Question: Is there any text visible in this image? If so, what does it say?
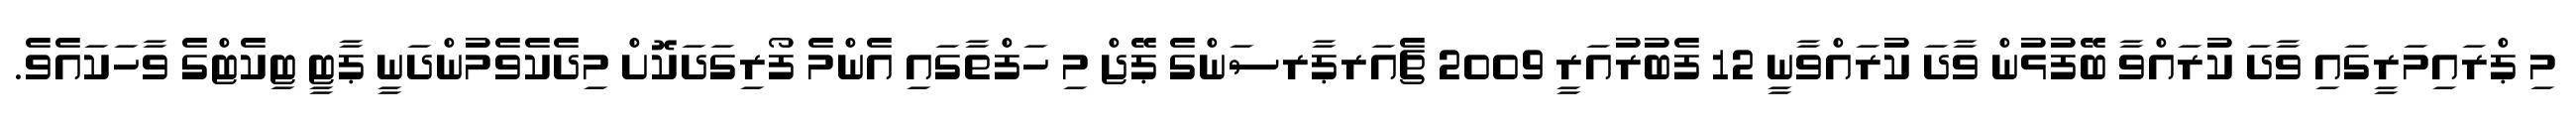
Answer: މި ޕްރައިމަރީގައި ވާދަ ކުރައްވާ ބޭފުޅުން ވާދަ ކުރައްވާނީ 12 ފެބުރުއަރީ 2009 ޗެއަރޕާރސަންގެ ޕޭޖް މި ހަފްތާގައި އެންމެ ފޯރިގަދަކޮށް މިދެކެވެމުންދަނީ ޕާޓީ ޓިކެޓްގެ ވާހަކައެވެ.